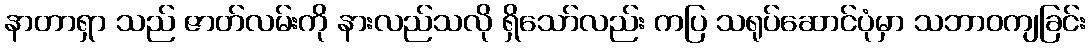
နာတာရှာ သည် ဇာတ်လမ်းကို နားလည်သလို ရှိသော်လည်း ကပြ သရုပ်ဆောင်ပုံမှာ သဘာဝကျခြင်း